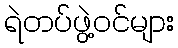
ရဲတပ်ဖွဲ့ဝင်များ